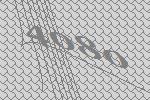
4080